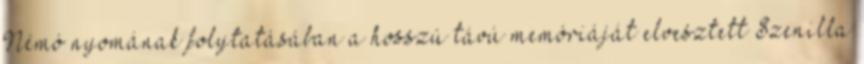
Némó nyomának folytatásában a hosszú távú memóriáját elvesztett Szenilla